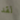
لقد